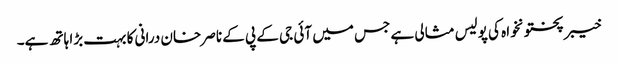
خیبر پختونخواہ کی پولیس مثالی ہے جس میں آئی جی کے پی کے ناصر خان درانی کا بہت بڑا ہاتھ ہے۔